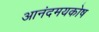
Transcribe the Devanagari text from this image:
आनंदमयकोष